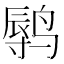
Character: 𲎁